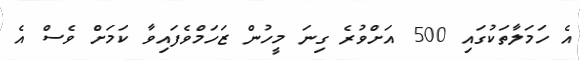
އެ ހަމަލާތަކުގައި 500 އަށްވުރެ ގިނަ މީހުން ޒަހަމްވެފައިވާ ކަމަށް ވެސް އެ